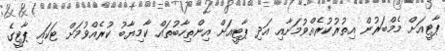
ޕާޓީއަށް މެމްބަރުން އިތުރުކުރެއްވުމަށާއި އަދި ޕާޓީއަށް އިންތިހާބުތައް ކާމިޔާބު ކުރެއްވުމަށް ޓަކައި ޕާޓީގެ